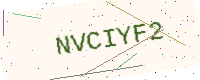
Text: NVCIYF2